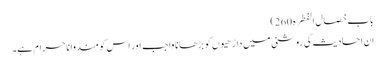
باب خصال الفطرہ 260)
ان احادیث کی روشنی میں داڑھیوں کو بڑھانا واجب اور اس کو منڈوانا حرام ہے۔